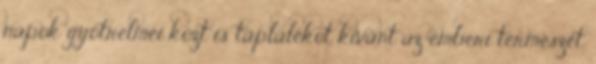
napok gyötrelmei közt is táplálékot kívánt az emberi természet.